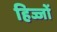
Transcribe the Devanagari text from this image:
हिज्जों